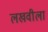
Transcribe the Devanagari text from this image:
लखवीला